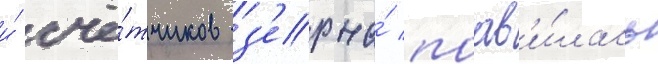
и́ счё́тчиков з'ерна́ поав'и́лась